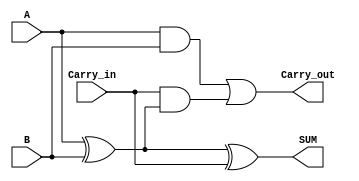
module full_adder (
    input A,
    input B,
    input Carry_in,
    output SUM,
    output Carry_out
);

assign SUM = A ^ B ^ Carry_in;
assign Carry_out = (A & B) | (Carry_in & (A ^ B));

endmodule